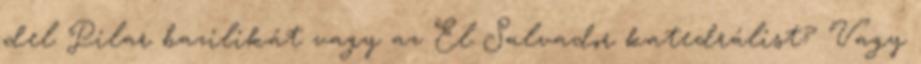
del Pilar bazilikát vagy az El Salvador katedrálist? Vagy